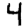
Digit: 4